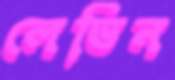
লেভিন